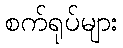
စက်ရုပ်များ